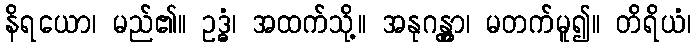
နိရယော၊ မည်၏။ ဥဒ္ဓံ၊ အထက်သို့။ အနုဂန္တွာ၊ မတက်မူ၍။ တိရိယံ၊